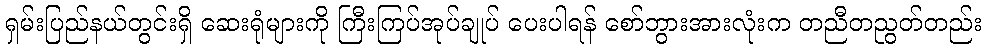
ရှမ်းပြည်နယ်တွင်းရှိ ဆေးရုံများကို ကြီးကြပ်အုပ်ချုပ် ပေးပါရန် စော်ဘွားအားလုံးက တညီတညွတ်တည်း